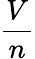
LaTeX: \frac{V}{n}